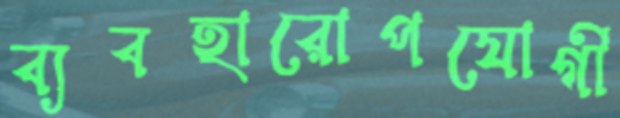
ব্যবহারোপযোগী